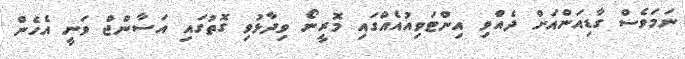
ނަމަވެސް ގާޑިއަންއަށް ދެއްވި އިންޓަވިއުއެއްގައި މޮރީނޯ ވިދާޅުވި ގޮތުގައި އަސާންޖް ވަނީ އެހެން